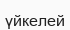
үйкелей